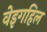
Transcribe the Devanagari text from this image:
वेइगहिल